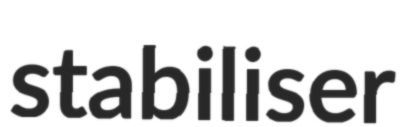
stabiliser